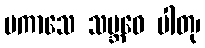
ပကာသေ သမ္ဘဝေ ပါတု၊